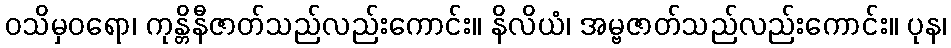
ဝသိမှဝရော၊ ကုန္တိနီဇာတ်သည်လည်းကောင်း။ နိလိယံ၊ အမ္ဗဇာတ်သည်လည်းကောင်း။ ပုန၊